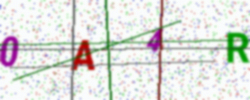
Text: 0A4R